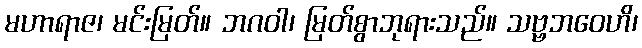
မဟာရာဇ၊ မင်းမြတ်။ ဘဂဝါ၊ မြတ်စွာဘုရားသည်။ သဗ္ဗဘဝေဟိ၊